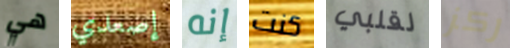
هي إصعدي إنه كنت لقلبي ركز